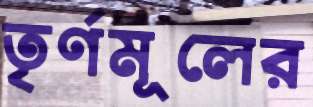
তৃর্ণমূলের